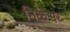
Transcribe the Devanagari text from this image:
निळेश्वर